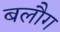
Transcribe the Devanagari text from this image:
बलौग